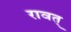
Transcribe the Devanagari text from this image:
रावत्